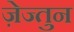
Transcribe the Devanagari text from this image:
ज़ेज्तुन